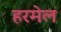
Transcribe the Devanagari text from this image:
हरमेल